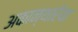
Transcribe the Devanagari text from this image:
अकान्थारेया